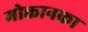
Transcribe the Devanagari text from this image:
मोक्तानका